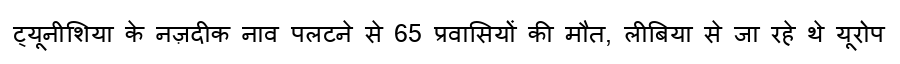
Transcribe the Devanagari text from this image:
ट्यूनीशिया के नज़दीक नाव पलटने से 65 प्रवासियों की मौत, लीबिया से जा रहे थे यूरोप